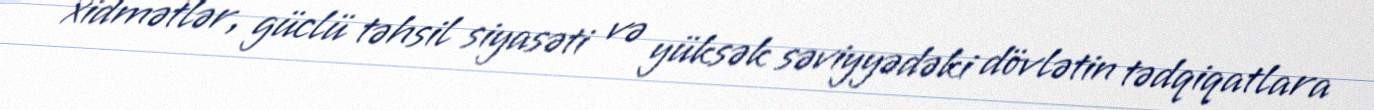
xidmətlər, güclü təhsil siyasəti və yüksək səviyyədəki dövlətin tədqiqatlara